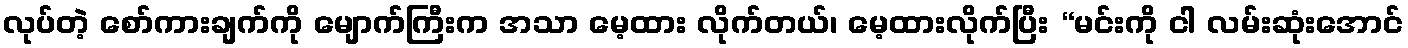
လုပ်တဲ့ စော်ကားချက်ကို မျောက်ကြီးက အသာ မေ့ထား လိုက်တယ်၊ မေ့ထားလိုက်ပြီး “မင်းကို ငါ လမ်းဆုံးအောင်